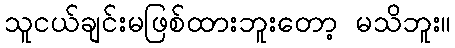
သူငယ်ချင်းမဖြစ်ထားဘူးတော့ မသိဘူး။